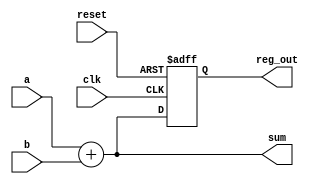
module combinational_sequential_example (
    input wire clk,        // Clock signal
    input wire reset,      // Asynchronous reset signal
    input wire [3:0] a,    // 4-bit input
    input wire [3:0] b,    // 4-bit input
    output reg [3:0] sum,   // Sum output
    output reg [3:0] reg_out // Register output
);

// Combinational Logic Block
always @* begin
    sum = a + b; // Simple adder
end

// Sequential Logic Block
always @(posedge clk or posedge reset) begin
    if (reset) begin
        reg_out <= 4'b0000; // Asynchronous reset to zero
    end else begin
        reg_out <= sum; // Store the sum output in the register
    end
end

endmodule